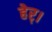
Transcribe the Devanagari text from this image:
हेर्।